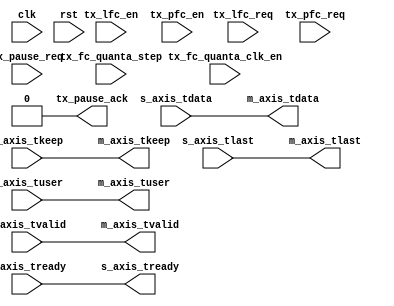
// SPDX-License-Identifier: BSD-2-Clause-Views
/*
 * Copyright (c) 2021-2023 The Regents of the University of California
 */

// Language: Verilog 2001

`resetall
`timescale 1ns / 1ps
`default_nettype none

/*
 * NIC layer 2 egress processing
 */
module mqnic_l2_egress #
(
    // Interface configuration
    parameter PFC_ENABLE = 0,
    parameter LFC_ENABLE = PFC_ENABLE,
    parameter MAC_CTRL_ENABLE = 0,

    // Streaming interface configuration
    parameter AXIS_DATA_WIDTH = 256,
    parameter AXIS_KEEP_WIDTH = AXIS_DATA_WIDTH/8,
    parameter AXIS_USER_WIDTH = 1
)
(
    input  wire                        clk,
    input  wire                        rst,

    /*
     * Transmit data input
     */
    input  wire [AXIS_DATA_WIDTH-1:0]  s_axis_tdata,
    input  wire [AXIS_KEEP_WIDTH-1:0]  s_axis_tkeep,
    input  wire                        s_axis_tvalid,
    output wire                        s_axis_tready,
    input  wire                        s_axis_tlast,
    input  wire [AXIS_USER_WIDTH-1:0]  s_axis_tuser,

    /*
     * Transmit data output
     */
    output wire [AXIS_DATA_WIDTH-1:0]  m_axis_tdata,
    output wire [AXIS_KEEP_WIDTH-1:0]  m_axis_tkeep,
    output wire                        m_axis_tvalid,
    input  wire                        m_axis_tready,
    output wire                        m_axis_tlast,
    output wire [AXIS_USER_WIDTH-1:0]  m_axis_tuser,

    /*
     * Flow control
     */
    input  wire                        tx_lfc_en,
    input  wire                        tx_lfc_req,
    input  wire [7:0]                  tx_pfc_en,
    input  wire [7:0]                  tx_pfc_req,
    input  wire                        tx_pause_req,
    output wire                        tx_pause_ack,
    input  wire [9:0]                  tx_fc_quanta_step,
    input  wire                        tx_fc_quanta_clk_en
);

if ((LFC_ENABLE || PFC_ENABLE) && MAC_CTRL_ENABLE) begin : mac_ctrl

    localparam MCF_PARAMS_SIZE = PFC_ENABLE ? 18 : 2;

    wire                          tx_mcf_valid;
    wire                          tx_mcf_ready;
    wire [47:0]                   tx_mcf_eth_dst;
    wire [47:0]                   tx_mcf_eth_src;
    wire [15:0]                   tx_mcf_eth_type;
    wire [15:0]                   tx_mcf_opcode;
    wire [MCF_PARAMS_SIZE*8-1:0]  tx_mcf_params;

    mac_ctrl_tx #(
        .DATA_WIDTH(AXIS_DATA_WIDTH),
        .KEEP_ENABLE(AXIS_KEEP_WIDTH > 1),
        .KEEP_WIDTH(AXIS_KEEP_WIDTH),
        .ID_ENABLE(0),
        .DEST_ENABLE(0),
        .USER_ENABLE(1),
        .USER_WIDTH(AXIS_USER_WIDTH),
        .MCF_PARAMS_SIZE(MCF_PARAMS_SIZE)
    )
    mac_ctrl_tx_inst (
        .clk(clk),
        .rst(rst),

        /*
         * AXI stream input
         */
        .s_axis_tdata(s_axis_tdata),
        .s_axis_tkeep(s_axis_tkeep),
        .s_axis_tvalid(s_axis_tvalid),
        .s_axis_tready(s_axis_tready),
        .s_axis_tlast(s_axis_tlast),
        .s_axis_tid(0),
        .s_axis_tdest(0),
        .s_axis_tuser(s_axis_tuser),

        /*
         * AXI stream output
         */
        .m_axis_tdata(m_axis_tdata),
        .m_axis_tkeep(m_axis_tkeep),
        .m_axis_tvalid(m_axis_tvalid),
        .m_axis_tready(m_axis_tready),
        .m_axis_tlast(m_axis_tlast),
        .m_axis_tid(),
        .m_axis_tdest(),
        .m_axis_tuser(m_axis_tuser),

        /*
         * MAC control frame interface
         */
        .mcf_valid(tx_mcf_valid),
        .mcf_ready(tx_mcf_ready),
        .mcf_eth_dst(tx_mcf_eth_dst),
        .mcf_eth_src(tx_mcf_eth_src),
        .mcf_eth_type(tx_mcf_eth_type),
        .mcf_opcode(tx_mcf_opcode),
        .mcf_params(tx_mcf_params),
        .mcf_id(0),
        .mcf_dest(0),
        .mcf_user(0),

        /*
         * Pause interface
         */
        .tx_pause_req(tx_pause_req),
        .tx_pause_ack(tx_pause_ack),

        /*
         * Status
         */
        .stat_tx_mcf()
    );

    mac_pause_ctrl_tx #(
        .MCF_PARAMS_SIZE(MCF_PARAMS_SIZE),
        .PFC_ENABLE(PFC_ENABLE)
    )
    mac_pause_ctrl_tx_inst (
        .clk(clk),
        .rst(rst),

        /*
         * MAC control frame interface
         */
        .mcf_valid(tx_mcf_valid),
        .mcf_ready(tx_mcf_ready),
        .mcf_eth_dst(tx_mcf_eth_dst),
        .mcf_eth_src(tx_mcf_eth_src),
        .mcf_eth_type(tx_mcf_eth_type),
        .mcf_opcode(tx_mcf_opcode),
        .mcf_params(tx_mcf_params),

        /*
         * Pause (IEEE 802.3 annex 31B)
         */
        .tx_lfc_req(tx_lfc_req),
        .tx_lfc_resend(1'b0),

        /*
         * Priority Flow Control (PFC) (IEEE 802.3 annex 31D)
         */
        .tx_pfc_req(tx_pfc_req),
        .tx_pfc_resend(1'b0),

        /*
         * Configuration
         */
        .cfg_tx_lfc_eth_dst(48'h01_80_C2_00_00_01),
        .cfg_tx_lfc_eth_src(48'h80_23_31_43_54_4C),
        .cfg_tx_lfc_eth_type(16'h8808),
        .cfg_tx_lfc_opcode(16'h0001),
        .cfg_tx_lfc_en(tx_lfc_en),
        .cfg_tx_lfc_quanta(16'hffff),
        .cfg_tx_lfc_refresh(16'h7fff),
        .cfg_tx_pfc_eth_dst(48'h01_80_C2_00_00_01),
        .cfg_tx_pfc_eth_src(48'h80_23_31_43_54_4C),
        .cfg_tx_pfc_eth_type(16'h8808),
        .cfg_tx_pfc_opcode(16'h0101),
        .cfg_tx_pfc_en(tx_pfc_en),
        .cfg_tx_pfc_quanta({8{16'hffff}}),
        .cfg_tx_pfc_refresh({8{16'h7fff}}),
        .cfg_quanta_step(tx_fc_quanta_step),
        .cfg_quanta_clk_en(tx_fc_quanta_clk_en),

        /*
         * Status
         */
        .stat_tx_lfc_pkt(),
        .stat_tx_lfc_xon(),
        .stat_tx_lfc_xoff(),
        .stat_tx_lfc_paused(),
        .stat_tx_pfc_pkt(),
        .stat_tx_pfc_xon(),
        .stat_tx_pfc_xoff(),
        .stat_tx_pfc_paused()
    );

end else begin

    assign m_axis_tdata = s_axis_tdata;
    assign m_axis_tkeep = s_axis_tkeep;
    assign m_axis_tvalid = s_axis_tvalid;
    assign s_axis_tready = m_axis_tready;
    assign m_axis_tlast = s_axis_tlast;
    assign m_axis_tuser = s_axis_tuser;

    assign tx_pause_ack = 1'b0;

end

endmodule

`resetall